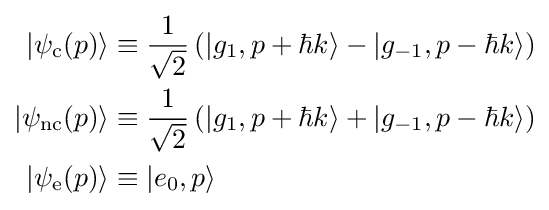
{\begin{aligned}|\psi _{\mathrm {c} }(p)\rangle &\equiv {\frac {1}{\sqrt {2}}}\left(|g_{1},p+\hbar k\rangle -|g_{-1},p-\hbar k\rangle \right)\\|\psi _{\mathrm {nc} }(p)\rangle &\equiv {\frac {1}{\sqrt {2}}}\left(|g_{1},p+\hbar k\rangle +|g_{-1},p-\hbar k\rangle \right)\\|\psi _{\mathrm {e} }(p)\rangle &\equiv |e_{0},p\rangle \end{aligned}}